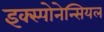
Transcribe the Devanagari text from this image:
इक्स्पोनेन्सियल